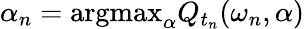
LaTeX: \alpha_{n}=\textrm{argmax}_{\alpha}Q_{t_{n}}(\omega_{n},\alpha)